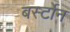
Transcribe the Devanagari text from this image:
बर्स्टोन